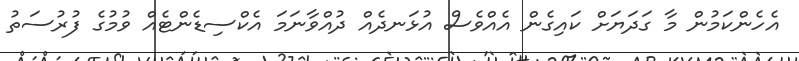
އެހެންކަމުން މާ ގަދަޔަށް ކައިގެން އެއްވެސް އުޅަނދެއް ދުއްވާނަމަ އެކްސިޑެންޓެއް ވުމުގެ ފުރުސަތު